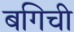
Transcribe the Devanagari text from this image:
बगिची